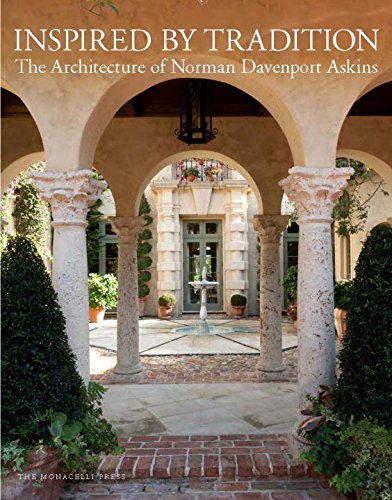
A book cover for Inspired by Tradition: The Architecture of Norman Davenport Askins; Norman Davenport Askins; Arts & Photography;